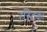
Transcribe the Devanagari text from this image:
रस्टिका